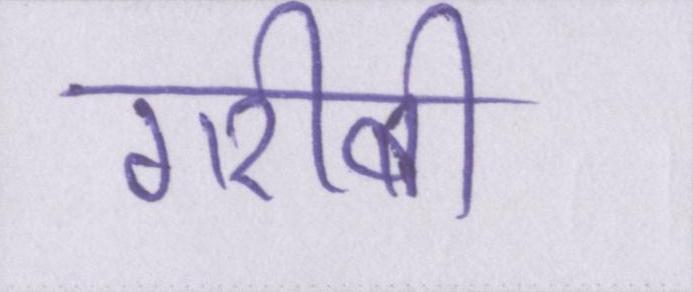
गरीबी